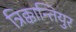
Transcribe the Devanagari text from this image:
त्रिक्कान्तियुर